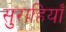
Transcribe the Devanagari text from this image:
सुराहियाँ